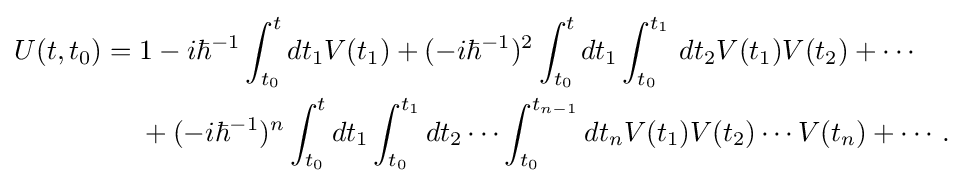
{\begin{aligned}U(t,t_{0})={}&1-i\hbar ^{-1}\int _{t_{0}}^{t}dt_{1}V(t_{1})+(-i\hbar ^{-1})^{2}\int _{t_{0}}^{t}dt_{1}\int _{t_{0}}^{t_{1}}\,dt_{2}V(t_{1})V(t_{2})+\cdots \\&{}+(-i\hbar ^{-1})^{n}\int _{t_{0}}^{t}dt_{1}\int _{t_{0}}^{t_{1}}dt_{2}\cdots \int _{t_{0}}^{t_{n-1}}dt_{n}V(t_{1})V(t_{2})\cdots V(t_{n})+\cdots .\end{aligned}}